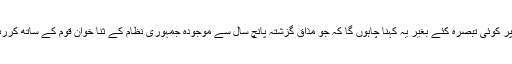
میں کائرہ صاحب کی اس رائے پر کوئی تبصرہ کئے بغیر یہ کہنا چاہوں گا کہ جو مذاق گزشتہ پانچ سال سے موجودہ جمہوری نظام کے ثنا خوان قوم کے ساتھ کررہے ہیں وہ بھی اپنی مثال آپ ہے۔